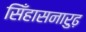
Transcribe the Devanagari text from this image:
सिँहासनारुढ़